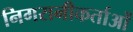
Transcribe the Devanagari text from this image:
निगरानीकर्ताओं